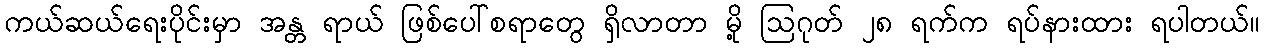
ကယ်ဆယ်ရေးပိုင်းမှာ အန္တ ရာယ် ဖြစ်ပေါ်စရာတွေ ရှိလာတာ မို့ ဩဂုတ် ၂၈ ရက်က ရပ်နားထား ရပါတယ်။